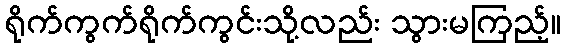
ရိုက်ကွက်ရိုက်ကွင်းသို့လည်း သွားမကြည့်။